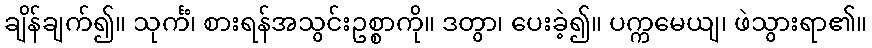
ချိန်ချက်၍။ သုင်္ကံ၊ စားရန်အသွင်းဥစ္စာကို။ ဒတွာ၊ ပေးခဲ့၍။ ပက္ကမေယျ၊ ဖဲသွားရာ၏။